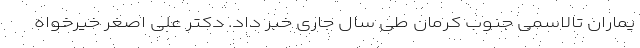
یماران تالاسمی جنوب کرمان طی سال جاری خبر داد. دکتر علی اصغر خیرخواه